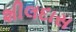
શીલદાસ